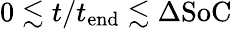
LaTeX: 0\lesssim t/t_{\mathrm{end}}\lesssim\Delta\mathrm{SoC}